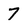
Character: 7